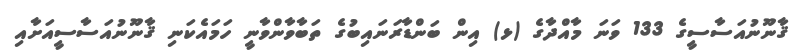
ޤާނޫނުއަސާސީގެ 133 ވަނަ މާއްދާގެ (ޅ) އިން ބަންޑާރަނައިބުގެ ތަބާވާންވާނީ ހަމައެކަނި ޤާނޫނުއަސާސީއަށާއި